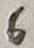
Text: 6